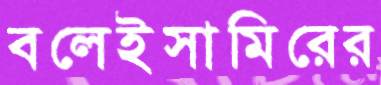
বলেইসামিরের